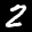
Label: 2